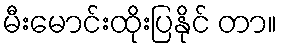
မီးမောင်းထိုးပြနိုင် တာ။